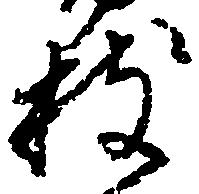
拙